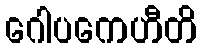
ဂေါပကေဟီတိ